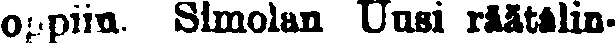
oppiin. Simolan Uusi räätalin-